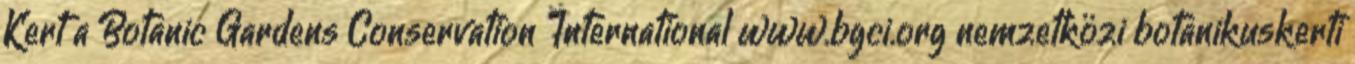
Kert a Botanic Gardens Conservation International www.bgci.org nemzetközi botanikuskerti